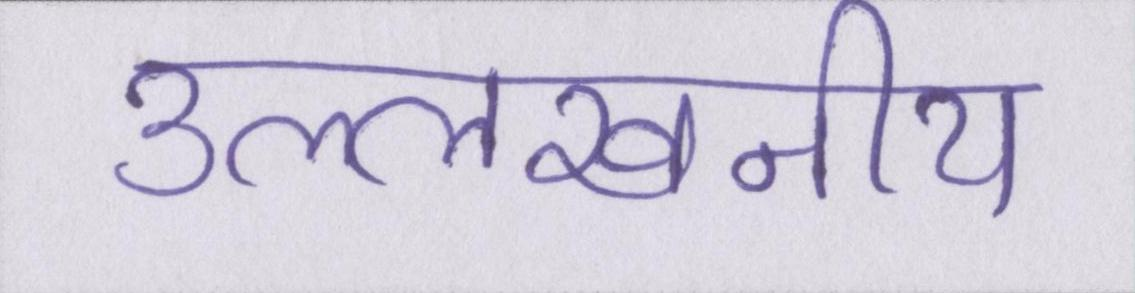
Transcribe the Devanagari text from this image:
उल्लेखनीय